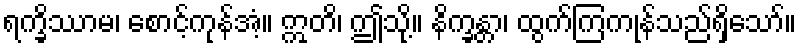
ရက္ခိဿာမ၊ စောင့်ကုန်အံ့။ ဣတိ၊ ဤသို့။ နိက္ခန္တာ၊ ထွက်ကြကုန်သည်ရှိသော်။